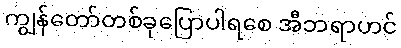
ကျွန်တော်တစ်ခုပြောပါရစေ အီဘရာဟင်